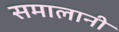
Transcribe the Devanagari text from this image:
समालानी